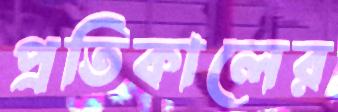
প্রতিকালের